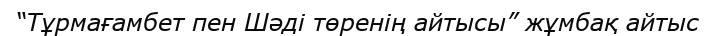
“Тұрмағамбет пен Шәді төренің айтысы” жұмбақ айтыс